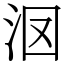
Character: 𣲷